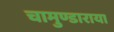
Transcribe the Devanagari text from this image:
चामुण्डाराया